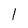
Character: l